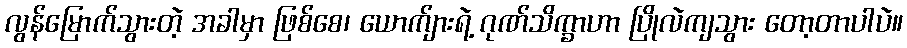
လွန်မြောက်သွားတဲ့ အခါမှာ ဖြစ်စေ၊ ယောက်ျားရဲ့ ဂုဏ်သိက္ခာဟာ ပြိုလဲကျသွား တော့တာပါပဲ။